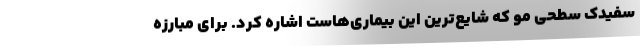
سفیدک سطحی مو که شایع‌ترین این بیماری‌هاست اشاره کرد. برای مبارزه